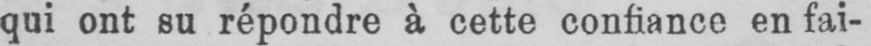
qui ont su répondre à cette confiance en fai-